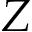
Z